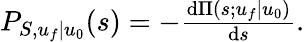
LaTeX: \begin{array}{r}{P_{S,u_{f}|u_{0}}(s)=-\frac{\mathrm{d}\Pi(s;u_{f}|u_{0})}{\mathrm{d}s}.}\end{array}